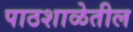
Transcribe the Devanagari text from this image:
पाठशाळेतील